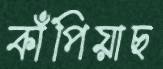
কাঁপিয়াছ